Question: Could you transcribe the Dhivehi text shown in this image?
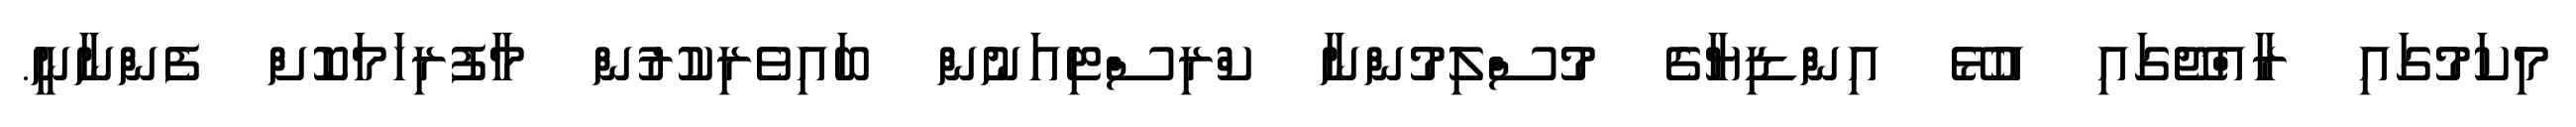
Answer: މިކަމުގައި ރާއްޖޭގައި އުޅޭ އިންޑިޔާގެ މުސްލިމުންނާ ކްރިސްޓިއަނުން ބައިވެރިކުރުން މާފުރިހަމަކޮށް ފެންނާނީ.